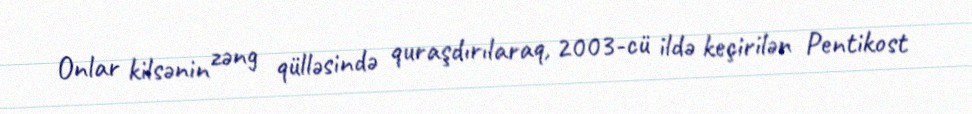
Onlar kilsənin zəng qülləsində quraşdırılaraq, 2003-cü ildə keçirilən Pentikost